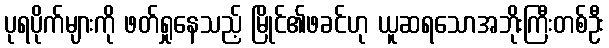
ပုရပိုက်များကို ဖတ်ရှုနေသည့် မြိုင်၏ဖခင်ဟု ယူဆရသောအဘိုးကြီးတစ်ဦး